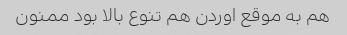
هم به موقع اوردن هم تنوع بالا بود ممنون